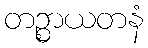
တဉ္စာယတနံ